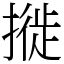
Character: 𢳜